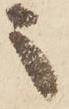
之